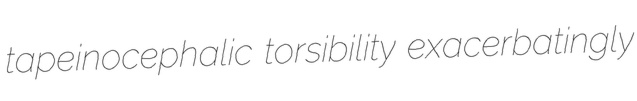
tapeinocephalic torsibility exacerbatingly